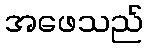
အဖေသည်